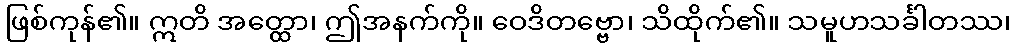
ဖြစ်ကုန်၏။ ဣတိ အတ္ထော၊ ဤအနက်ကို။ ဝေဒိတဗ္ဗော၊ သိထိုက်၏။ သမူဟသင်္ခါတဿ၊